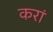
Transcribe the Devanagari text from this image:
करां